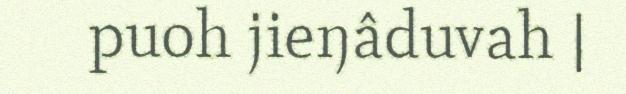
puoh jieŋâduvah |